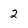
Character: 2